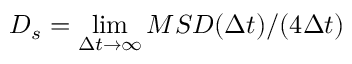
D _ { s } = \operatorname* { l i m } _ { \Delta t \to \infty } M S D ( \Delta t ) / ( 4 \Delta t )